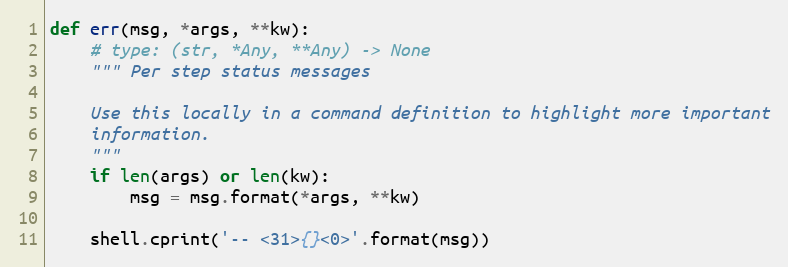
Language: Python
def err(msg, *args, **kw):
    # type: (str, *Any, **Any) -> None
    """ Per step status messages

    Use this locally in a command definition to highlight more important
    information.
    """
    if len(args) or len(kw):
        msg = msg.format(*args, **kw)

    shell.cprint('-- <31>{}<0>'.format(msg))